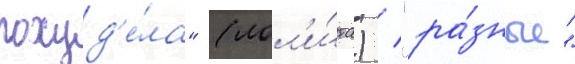
похуд'е́ла" (лол'и́та) / "ра́зные"